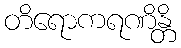
တိရောကရဏိန္တိ